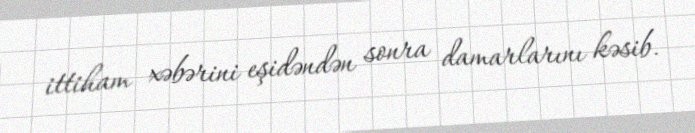
ittiham xəbərini eşidəndən sonra damarlarını kəsib.